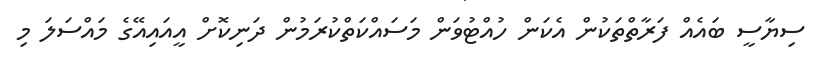
ސިޔާސީ ބައެއް ފަރާތްތަކުން އެކަން ހުއްޓުވަން މަސައްކަތްކުރަމުން ދަނިކޮށް އީއައިއޭގެ މައްސަލަ މި